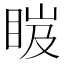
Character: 𥆹